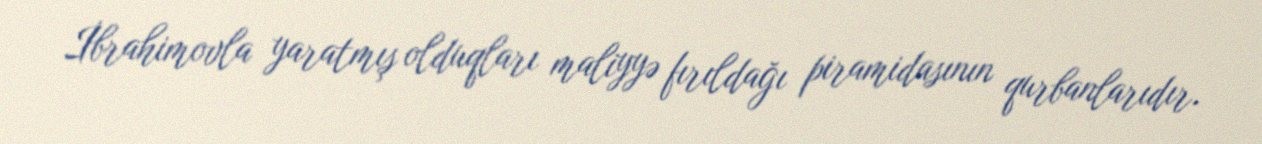
İbrahimovla yaratmış olduqları maliyyə fırıldağı piramidasının qurbanlarıdır.